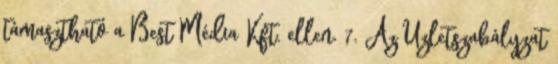
támasztható a Best Média Kft. ellen. 7. Az Üzletszabályzat